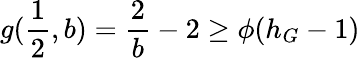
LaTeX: g(\frac{1}{2},b)=\frac{2}{b}-2\geq\phi(h_{G}-1)